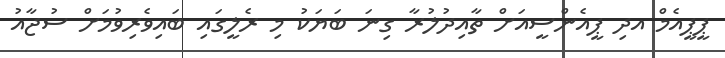
ޕީޕީއެމް އދި ޕީއެންސީއަށް ތާއިދުލުރާ ގިނަ ބަޔަކު މި ރެލީގައި ބައިވެރިވުމަށް ސުޖާއު